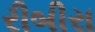
રીબીરા